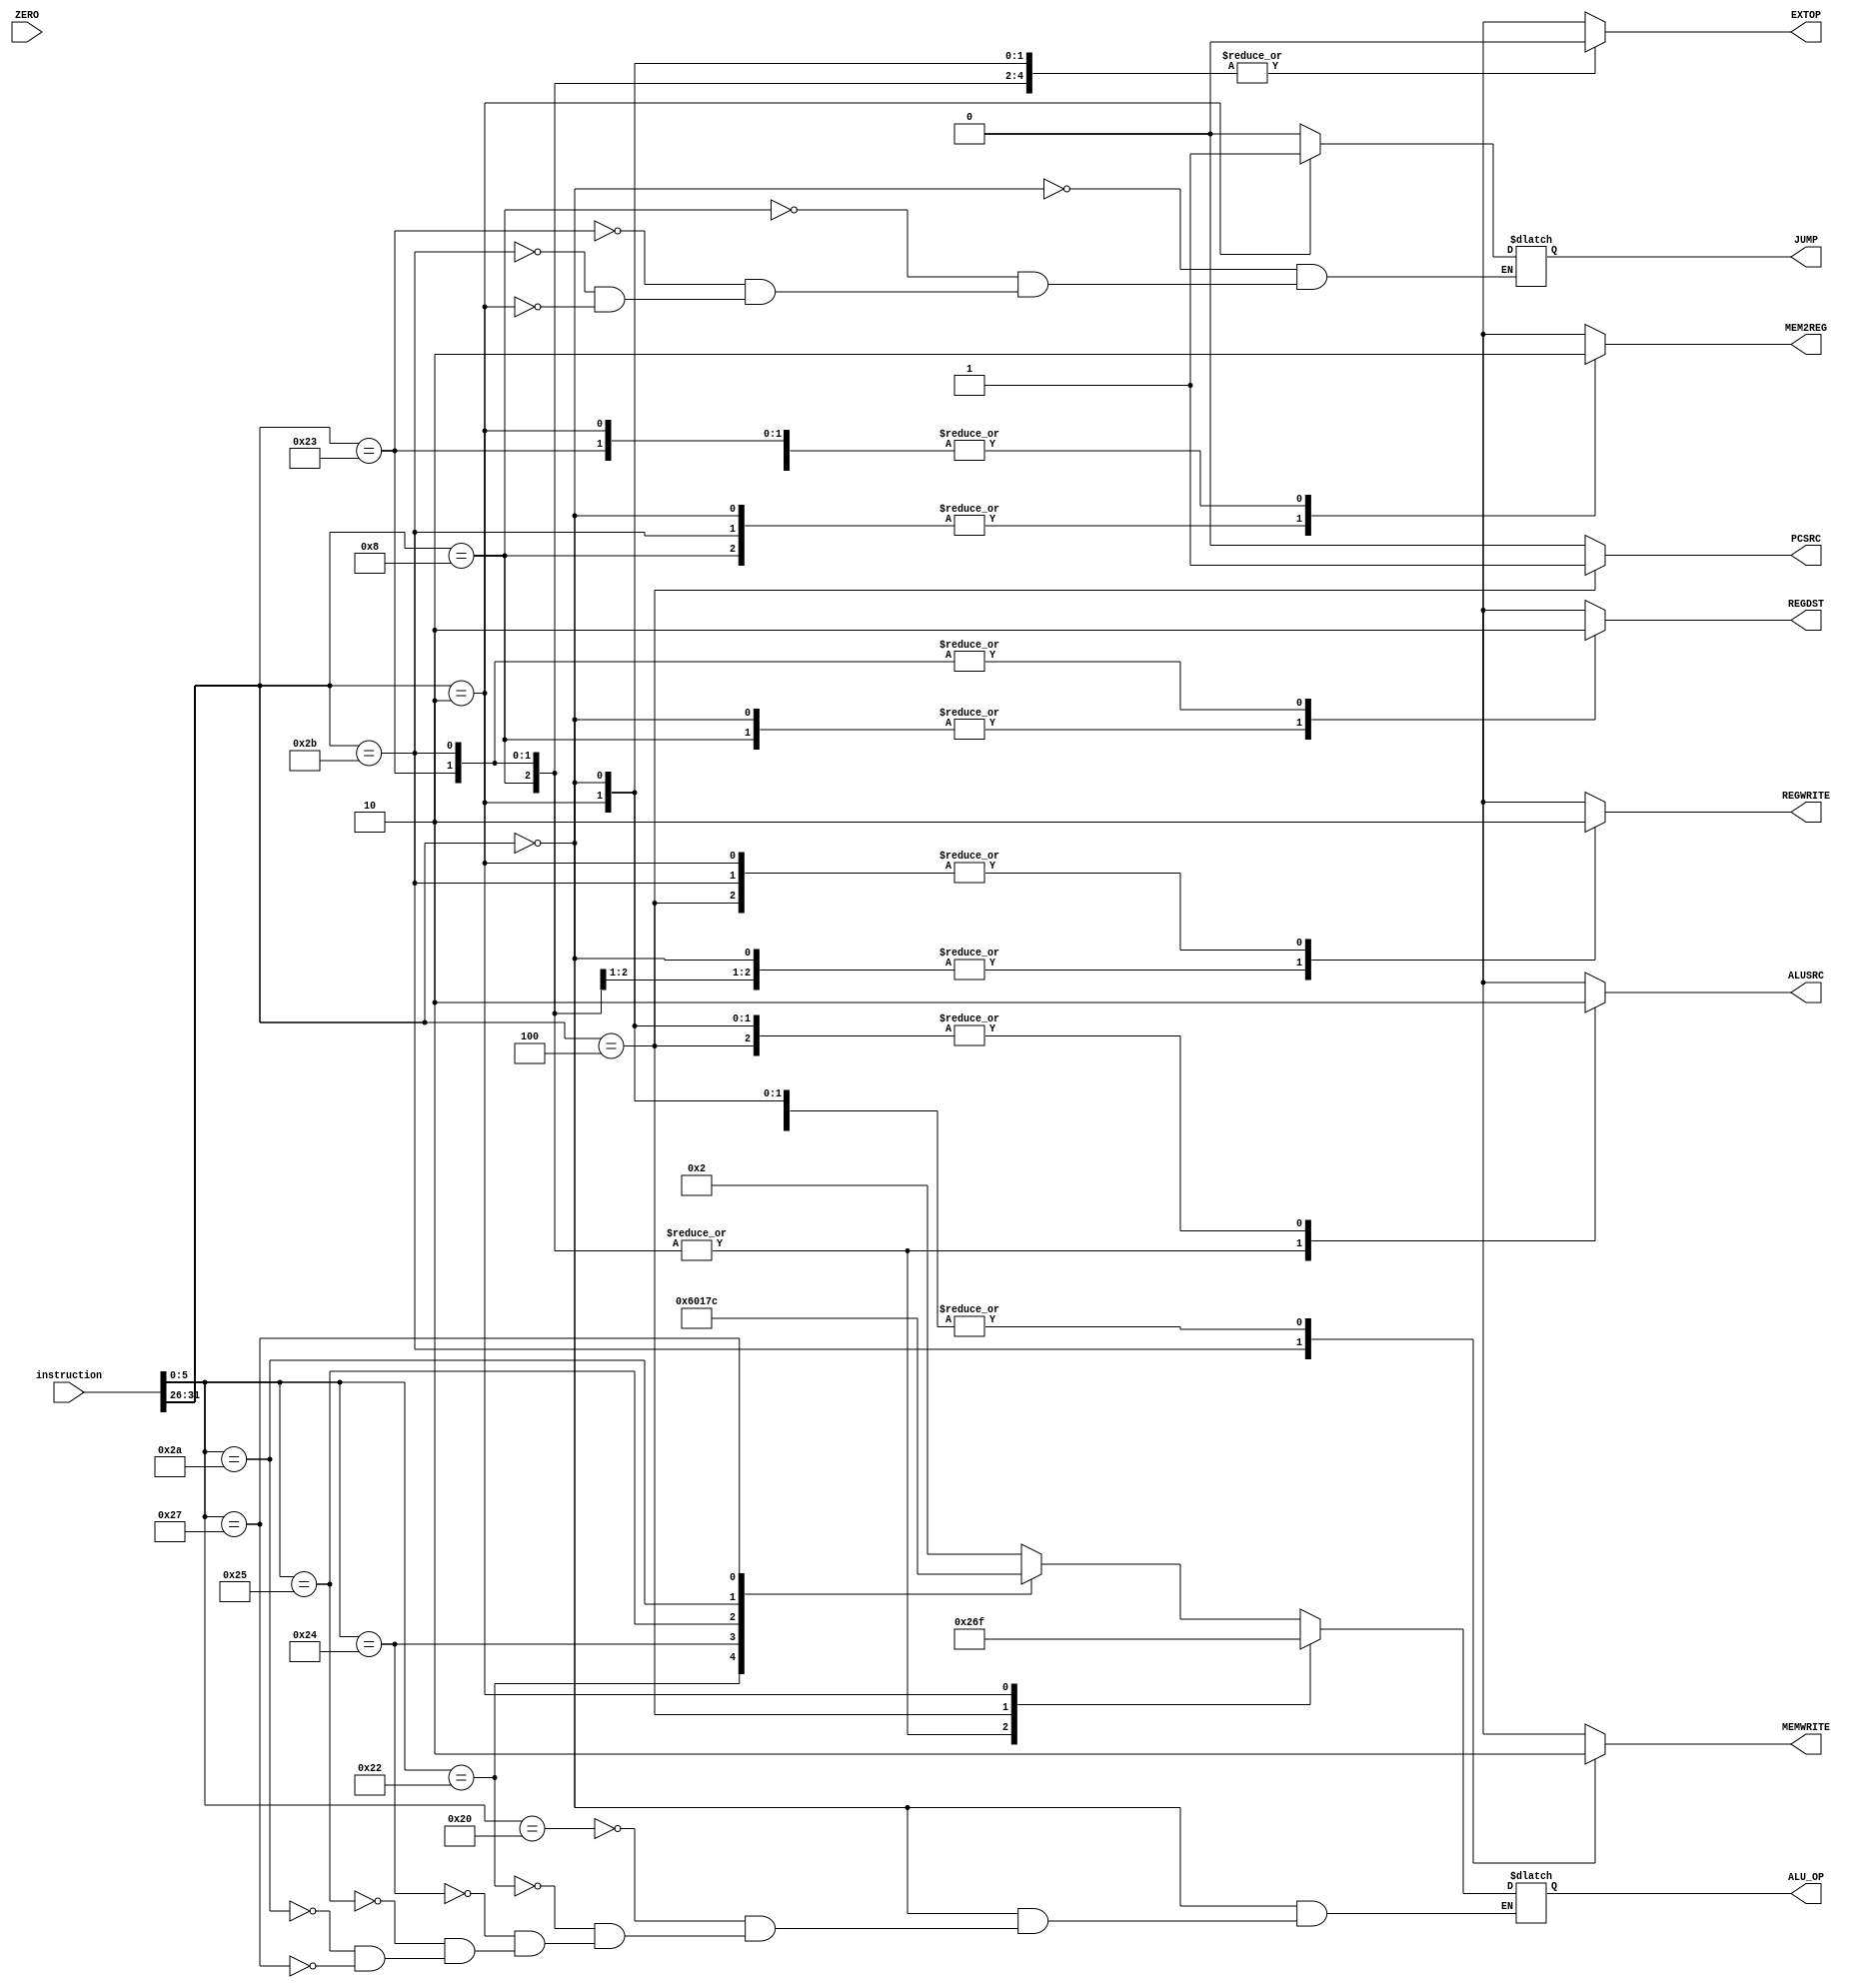
`timescale 1ns / 1ps

module Main_Control(
    input [31:0] instruction,
    input ZERO, // il vom folosi mai tarziu, la jump-uri
    output reg REGWRITE,
    output reg REGDST,
    output reg EXTOP,
    output reg ALUSRC,
    output reg [3:0] ALU_OP,
    output reg MEMWRITE,
    output reg MEM2REG,
    output reg PCSRC,
    output reg JUMP
    );
    
    always@(instruction[31:26] or instruction[5:0])
        case(instruction[31:26]) // check opcode
            6'b000000: // R-TYPE
                begin
                REGDST = 1;
                REGWRITE = 1;
                EXTOP = 0;
                ALUSRC = 0;
                MEMWRITE = 0;
                MEM2REG = 1;
                PCSRC = 0;
                JUMP = 0;
                    case(instruction[5:0])
                        6'b100000: ALU_OP = 4'b0010; // ADD
                        6'b100010: ALU_OP = 4'b0110; // SUB
                        6'b100100: ALU_OP = 4'b0000; // AND
                        6'b100101: ALU_OP = 4'b0001; // OR
                        6'b101010: ALU_OP = 4'b0111; // SLT 
                        6'b100111: ALU_OP = 4'b1100; // NOR
                    endcase
                end
             6'b001000: // I-TYPE ADDI
                begin
                    REGDST = 1;
                    REGWRITE = 1;
                    EXTOP = 0;
                    ALUSRC = 1;
                    MEMWRITE = 0;
                    MEM2REG = 1;
                    PCSRC = 0;
                    JUMP = 0;
                    ALU_OP = 4'b0010; // ADD
                end
             6'b100011: // I-TYPE LW 
                begin
                    REGDST = 0;
                    REGWRITE = 1; //citesti din memorie si scrii in reg
                    EXTOP = 0;
                    ALUSRC = 1;
                    MEMWRITE = 0;
                    MEM2REG = 0;
                    PCSRC = 0;
                    JUMP = 0;
                    ALU_OP = 4'b0010; // ADD (address + offset)
                end
             6'b101011: // I-TYPE SW 
                begin
                    REGDST = 0;
                    REGWRITE = 0;
                    EXTOP = 0;
                    ALUSRC = 1;
                    MEMWRITE = 1;
                    MEM2REG = 1;
                    PCSRC = 0;
                    JUMP = 0;
                    ALU_OP = 4'b0010; // ADD (address + offset)
                end
             6'b000100: // BEQ 
                begin
                    REGDST = 1'bx;
                    REGWRITE = 0;
                    EXTOP = 0;
                    ALUSRC = 0;
                    MEMWRITE = 0;
                    MEM2REG = 0;
                    PCSRC = 1;
                    ALU_OP = 4'b0110; // este a - b == 0? (adica a == b)
                end
             6'b000010: // JUMP (unconditional)
                begin
                    REGDST = 1'bx;
                    REGWRITE = 0;
                    EXTOP = 0;
                    ALUSRC = 0;
                    MEMWRITE = 0;
                    MEM2REG = 0;
                    PCSRC = 0;
                    JUMP = 1;
                    ALU_OP = 4'b1111;
                end
             default: begin
                        {REGDST, REGWRITE, EXTOP, ALUSRC, MEMWRITE, MEM2REG, ALU_OP} = {10{1'bx}};
                        PCSRC = 0;
                      end
        endcase
    
endmodule